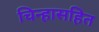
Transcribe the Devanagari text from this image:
चिन्हासहित